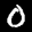
Label: 0